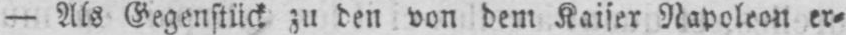
- Als Gegenstück zu den von dem Kaiser Napoleon er⸗